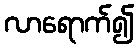
လာရောက်၍